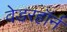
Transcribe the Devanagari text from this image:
वेडरहॉर्न